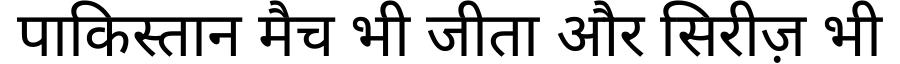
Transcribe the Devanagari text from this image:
पाकिस्तान मैच भी जीता और सिरीज़ भी